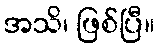
အသိ၊ ဖြစ်ပြီ။